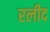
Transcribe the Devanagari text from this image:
रलीद